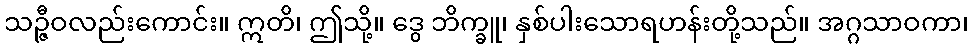
သဉ္ဇီဝလည်းကောင်း။ ဣတိ၊ ဤသို့။ ဒွေ ဘိက္ခူ၊ နှစ်ပါးသောရဟန်းတို့သည်။ အဂ္ဂသာဝကာ၊